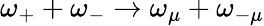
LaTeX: \omega_{+}+\omega_{-}\rightarrow\omega_{\mu}+\omega_{-\mu}